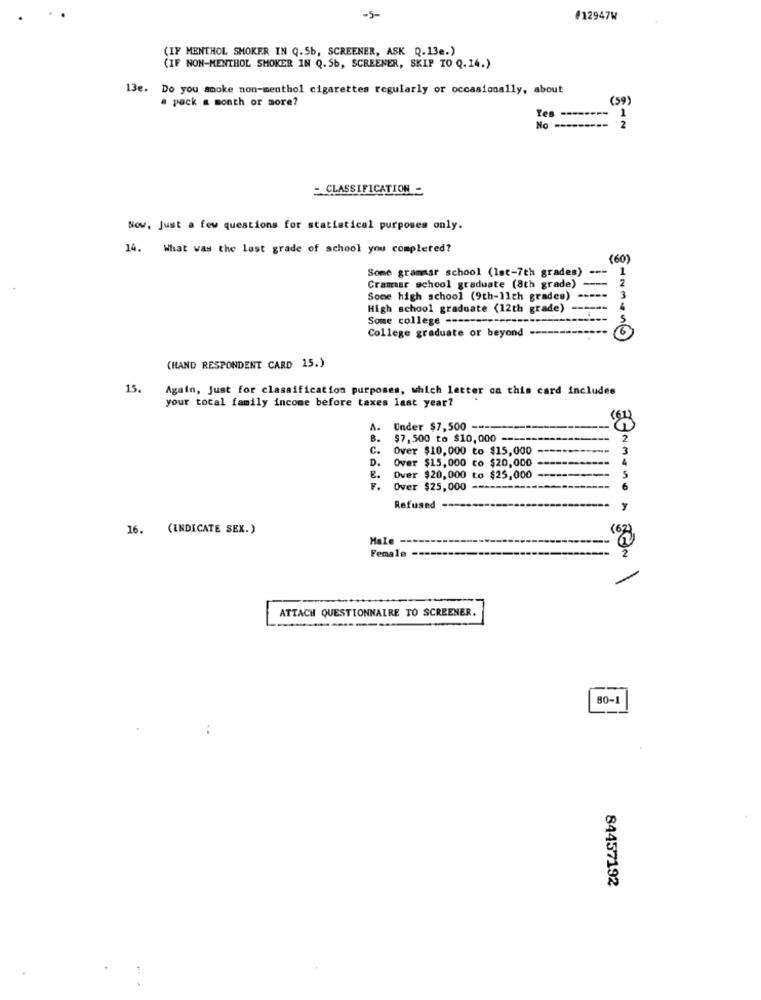
-5-
#12947W
(IF MENTHOL SMOKER IN Q.Sb, SCREENER, ASK Q.13e.)
(IF NON-MENTHOL SMOKER IN Q.Sb, SCREENER, SKIP TO Q.14.)
13e. Do you smoke non-menthol cigarettes regularly or occasionally, about
a pack a month or more?
(59)
Yes -
1
2
No-
- CLASSIFICATION -
Now, Just a few questions for statistical purposes only.
14. What was the last grade of school you completed?
(60)
Some grammar school (lat-7th grades)
---
1
2
Cramer school graduate (8th grade)
Some high school (9th-11th grades)
3
High school graduate (12th grade) ------
Some college ----
College graduate or beyond ---
HNMON@
(HAND RESPONDENT CARD 15.)
15.
Again, Just for classification purposes, which letter ca this card includes
your tocal family income before taxes last year?
A.
Under $7,500 ===
B.
$7,500 to $10,000 ---
C.
Over $10,000 to $15,000
3
D.
Over $15,000 to $20,000
E.
Over $20,000 to $25,000
S
Y.
Over $25,000
Refused
16. (INDICATE SEX.)
(62)
Male
Female
ATTACH QUESTIONNAIRE TO SCREENER.
80-1
84457192